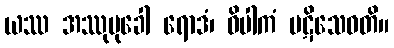
ယဿ အဿုမုခေါ ရောဒံ၊ ဝိပါကံ ပဋိသေဝတိ။